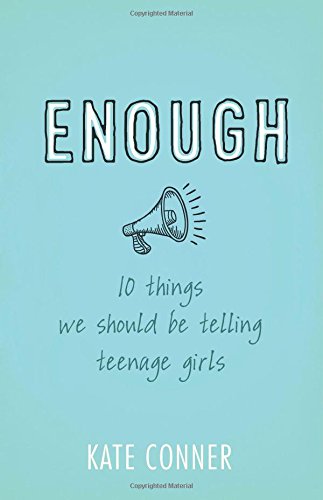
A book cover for Enough: 10 Things We Should Tell Teenage Girls; Kate Conner; Christian Books & Bibles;